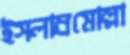
ইসলাম্রমোল্লা